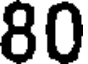
80